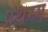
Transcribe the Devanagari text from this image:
प्रथम्म